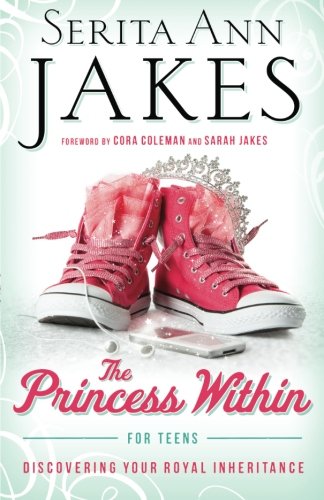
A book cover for The Princess Within for Teens: Discovering Your Royal Inheritance; Serita Ann Jakes; Children's Books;